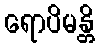
ရောပိမန္တိ